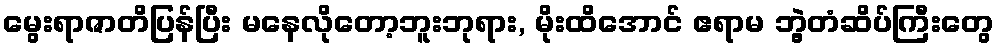
မွေးရာဇာတိပြန်ပြီး မနေလိုတော့ဘူးဘုရား, မိုးထိအောင် ဧရာမ ဘွဲ့တံဆိပ်ကြီးတွေ